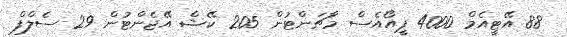
88 އޭޓީއެމް 4000 ޕީއޯއެސް މާޗަންޓުން 205 ކޭޝް އޭޖެންޓުން 29 ސެލްފް